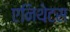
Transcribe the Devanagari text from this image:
एनिथेटस